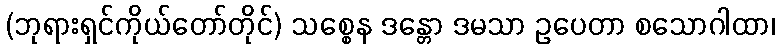
(ဘုရားရှင်ကိုယ်တော်တိုင်) သစ္စေန ဒန္တော ဒမသာ ဥပေတာ စသောဂါထာ၊